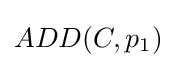
ADD(C,p_{1})